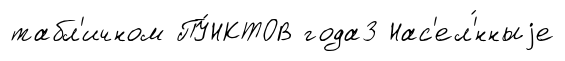
табл'ичном ПУ́НКТОВ года3 Нас'ел'́нныjе